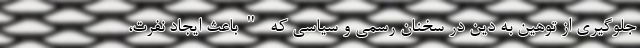
جلوگیری از توهین به دین در سخنان رسمی و سیاسی که "باعث ایجاد نفرت،